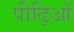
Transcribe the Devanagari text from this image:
पीढ़िओं